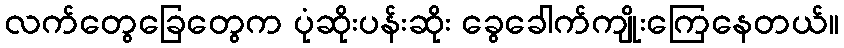
လက်တွေခြေတွေက ပုံဆိုးပန်းဆိုး ခွေခေါက်ကျိုးကြေနေတယ်။